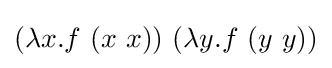
(\lambda x.f\ (x\ x))\ (\lambda y.f\ (y\ y))